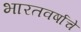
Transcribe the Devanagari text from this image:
भारतवर्षाचे